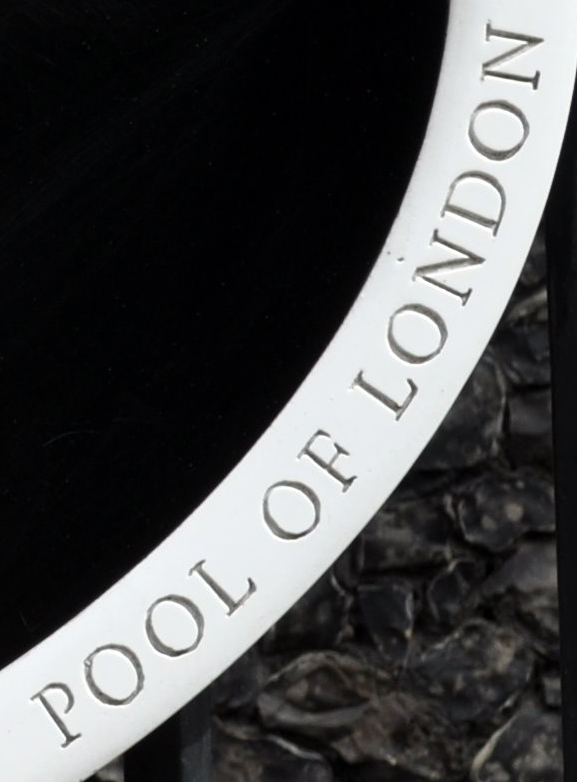
POOL OF LONDON